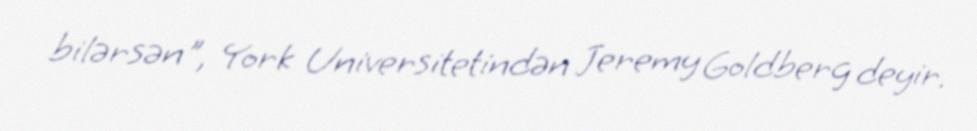
bilərsən", York Universitetindən Jeremy Goldberg deyir.